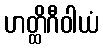
ဟတ္ထိဂီဝါယံ